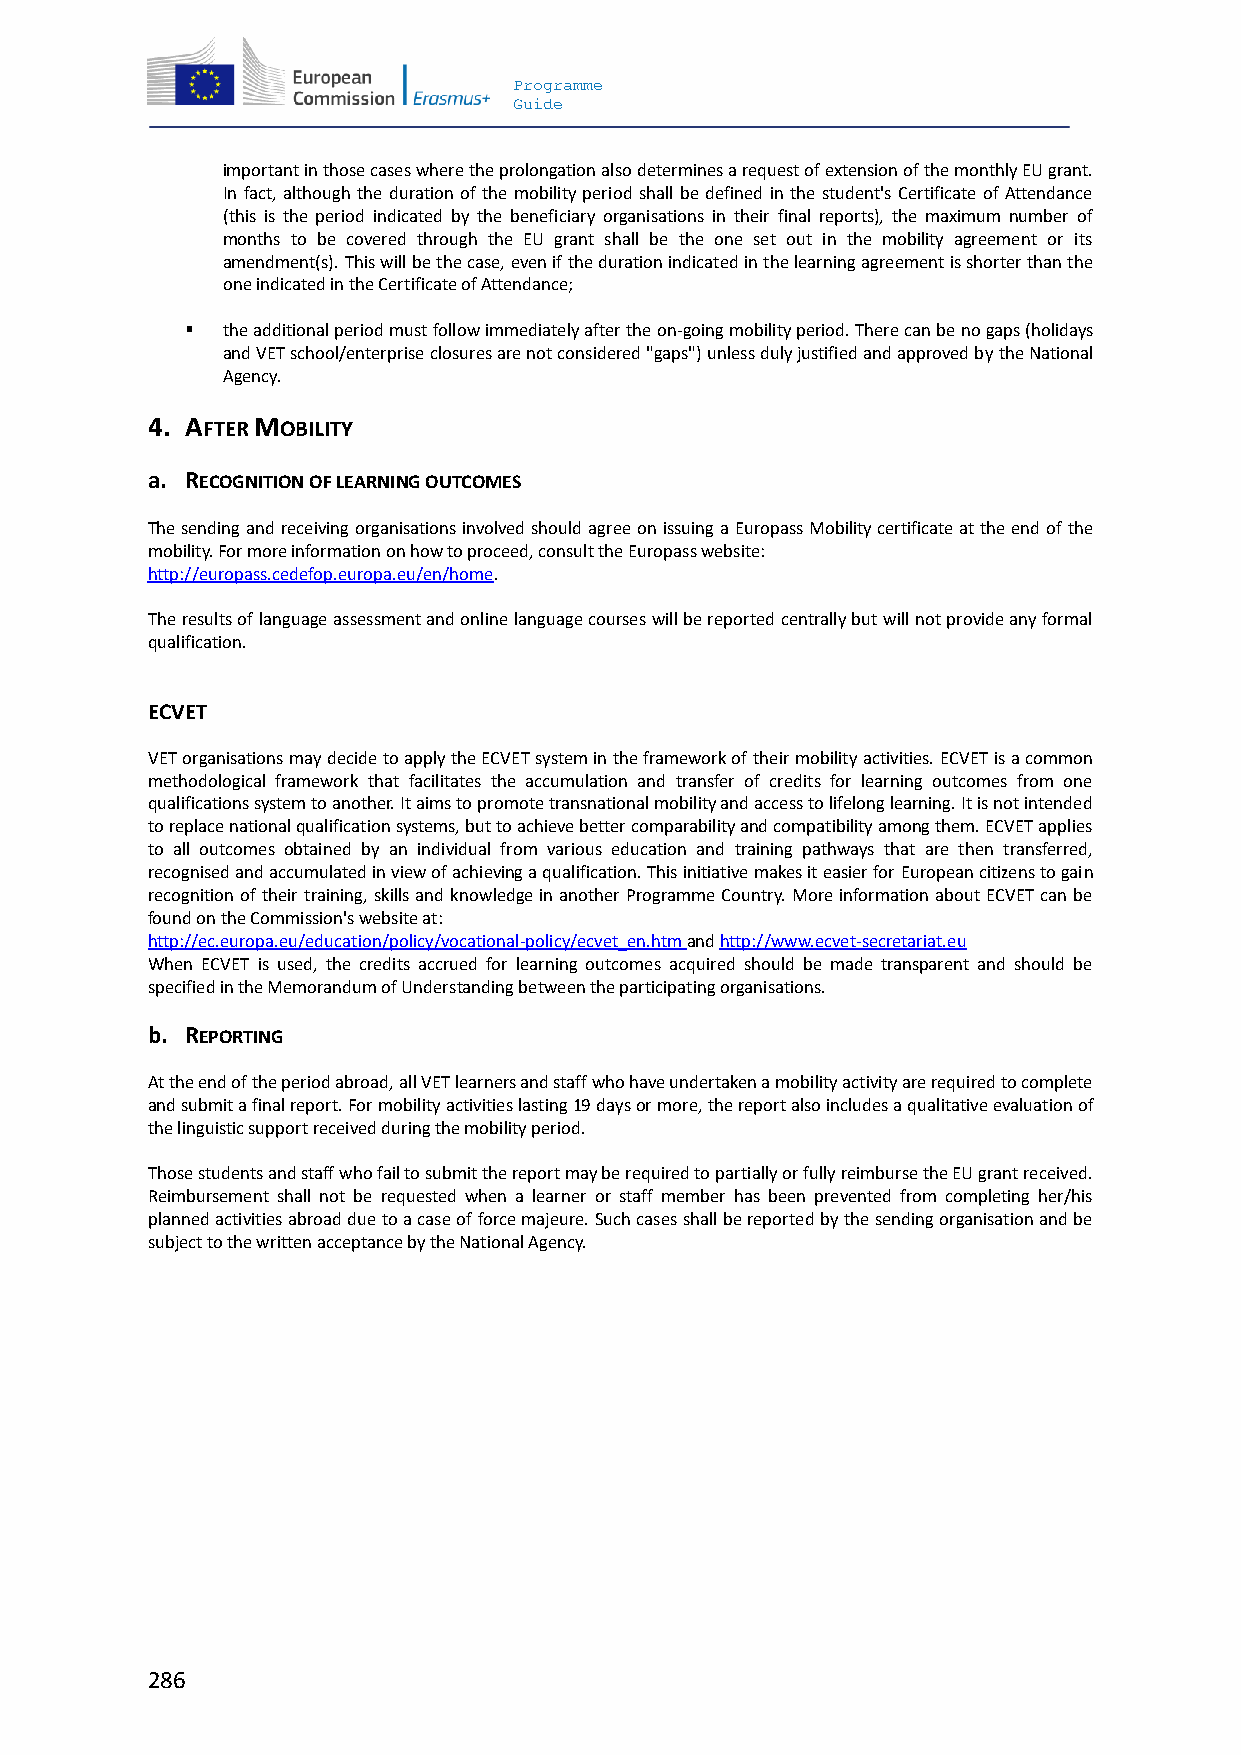
Programme
 Guide
 important in those cases where the prolongation also determines a request of extension of the monthly EU grant.
 In fact, although the duration of the mobility period shall be defined in the student's Certificate of Attendance
 (this is the period indicated by the beneficiary organisations in their final reports), the maximum number of
 months to be covered through the EU grant shall be the one set out in the mobility agreement or its
 amendment(s). This will be the case, even if the duration indicated in the learning agreement is shorter than the
 one indicated in the Certificate of Attendance;
   the additional period must follow immediately after the on-going mobility period. There can be no gaps (holidays
 and VET school/enterprise closures are not considered "gaps") unless duly justified and approved by the National
 Agency.
 4. AFTER MOBILITY
 a. RECOGNITION OF LEARNING OUTCOMES
 The sending and receiving organisations involved should agree on issuing a Europass Mobility certificate at the end of the
 mobility. For more information on how to proceed, consult the Europass website:
 http://europass.cedefop.europa.eu/en/home.
 The results of language assessment and online language courses will be reported centrally but will not provide any formal
 qualification.
 ECVET
 VET organisations may decide to apply the ECVET system in the framework of their mobility activities. ECVET is a common
 methodological framework that facilitates the accumulation and transfer of credits for learning outcomes from one
 qualifications system to another. It aims to promote transnational mobility and access to lifelong learning. It is not intended
 to replace national qualification systems, but to achieve better comparability and compatibility among them. ECVET applies
 to all outcomes obtained by an individual from various education and training pathways that are then transferred,
 recognised and accumulated in view of achieving a qualification. This initiative makes it easier for European citizens to gain
 recognition of their training, skills and knowledge in another Programme Country. More information about ECVET can be
 found on the Commission's website at:
 http://ec.europa.eu/education/policy/vocational-policy/ecvet_en.htm and http://www.ecvet-secretariat.eu
 When ECVET is used, the credits accrued for learning outcomes acquired should be made transparent and should be
 specified in the Memorandum of Understanding between the participating organisations.
 b. REPORTING
 At the end of the period abroad, all VET learners and staff who have undertaken a mobility activity are required to complete
 and submit a final report. For mobility activities lasting 19 days or more, the report also includes a qualitative evaluation of
 the linguistic support received during the mobility period.
 Those students and staff who fail to submit the report may be required to partially or fully reimburse the EU grant received.
 Reimbursement shall not be requested when a learner or staff member has been prevented from completing her/his
 planned activities abroad due to a case of force majeure. Such cases shall be reported by the sending organisation and be
 subject to the written acceptance by the National Agency.
 286